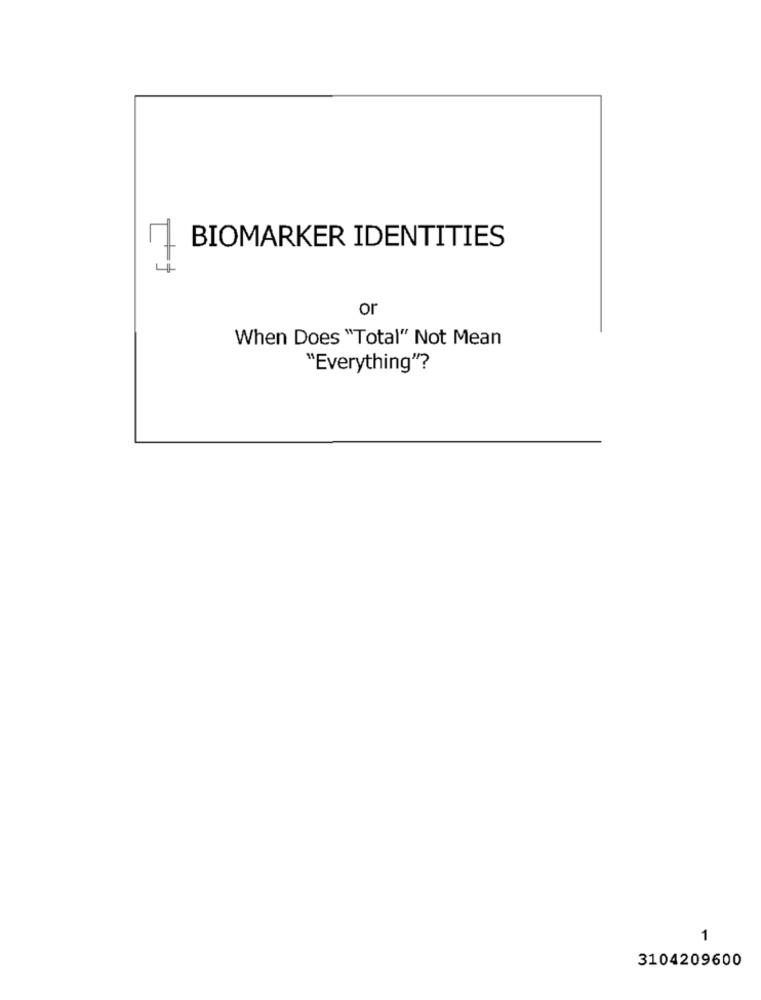
BIOMARKER IDENTITIES
or
When Does "Total" Not Mean
"Everything"?
1
3104209600